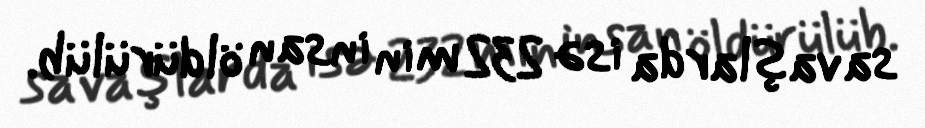
savaşlarda isə 232 min insan öldürülüb.